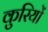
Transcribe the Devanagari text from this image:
कुरियों